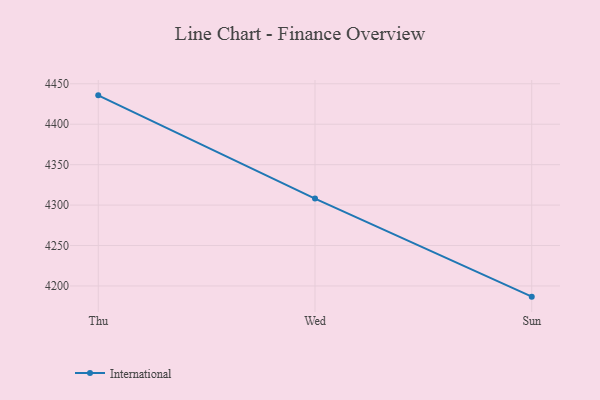
{"axis": {"x": "Day", "y": "Production Output"}, "legend": ["International"], "data": [{"x": "Thu", "y": 4435.7, "type": "International"}, {"x": "Wed", "y": 4308.1, "type": "International"}, {"x": "Sun", "y": 4186.8, "type": "International"}]}